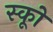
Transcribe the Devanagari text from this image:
स्कूों